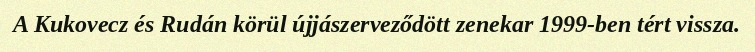
A Kukovecz és Rudán körül újjászerveződött zenekar 1999-ben tért vissza.